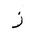
Letter: _zay